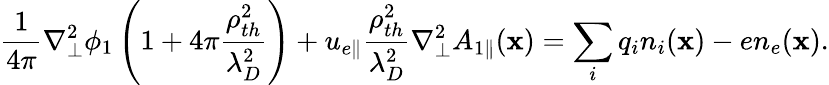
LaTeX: \frac{1}{4\pi}\nabla_{\perp}^{2}\phi_{1}\left(1+4\pi\frac{\rho_{th}^{2}}{\lambda_{D}^{2}}\right)+u_{e\parallel}\frac{\rho_{th}^{2}}{\lambda_{D}^{2}}\nabla_{\perp}^{2}A_{1\parallel}(\textbf{x})=\sum_{i}q_{i}n_{i}(\textbf{x})-en_{e}(\textbf{x}).